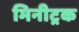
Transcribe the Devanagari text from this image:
मिनीट्रक